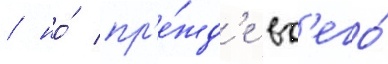
/ но́ пр'е́жд'е вс'его́